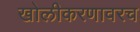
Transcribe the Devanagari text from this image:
खोलीकरणावरच